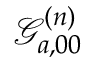
\mathcal { G } _ { a , 0 0 } ^ { ( n ) }